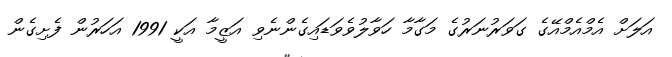
އަލަށް އެމްއެމްއޭގެ ގަވަރުނަރުގެ މަގާމާ ހަވާލުވެވަޑައިގެންނެވި އަޒީމާ އަކީ 1991 އަހަރުން ފެށިގެން